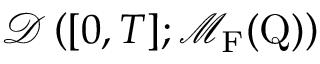
\mathcal { D } \left( [ 0 , T ] ; \mathcal { M } _ { \mathrm { F } } ( \mathrm { Q } ) \right)